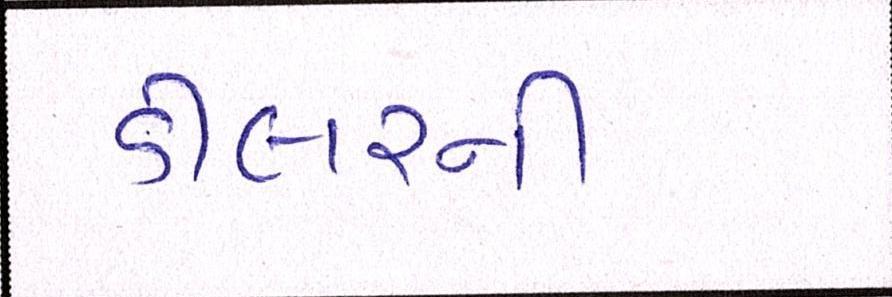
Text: ડીલરની